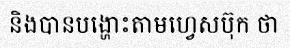
និងបានបង្ហោះតាមហ្វេសប៊ុក ថា